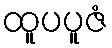
ထူပပူဇံ